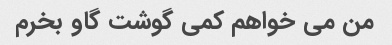
من می خواهم کمی گوشت گاو بخرم